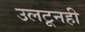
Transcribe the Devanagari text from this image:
उलटूनही